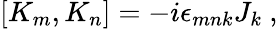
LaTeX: [K_{m},K_{n}]=-i\epsilon_{mnk}J_{k}~,